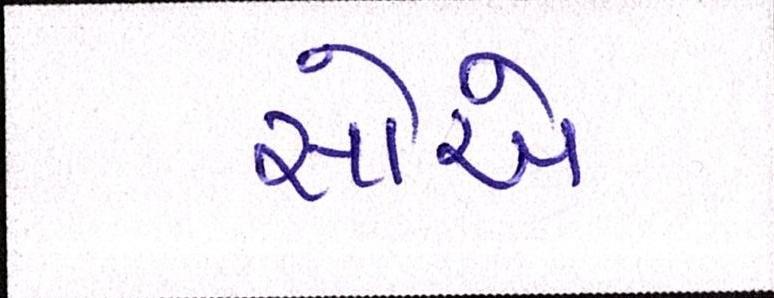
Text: સોએ